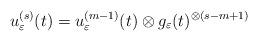
LaTeX: \begin{align*}u_\varepsilon^{(s)} (t) = u_\varepsilon^{(m-1)} (t)\otimes g_{\varepsilon}(t)^{\otimes (s-m+1)}\end{align*}